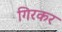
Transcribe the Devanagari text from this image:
गिरकर